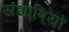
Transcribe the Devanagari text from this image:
संभाषियों